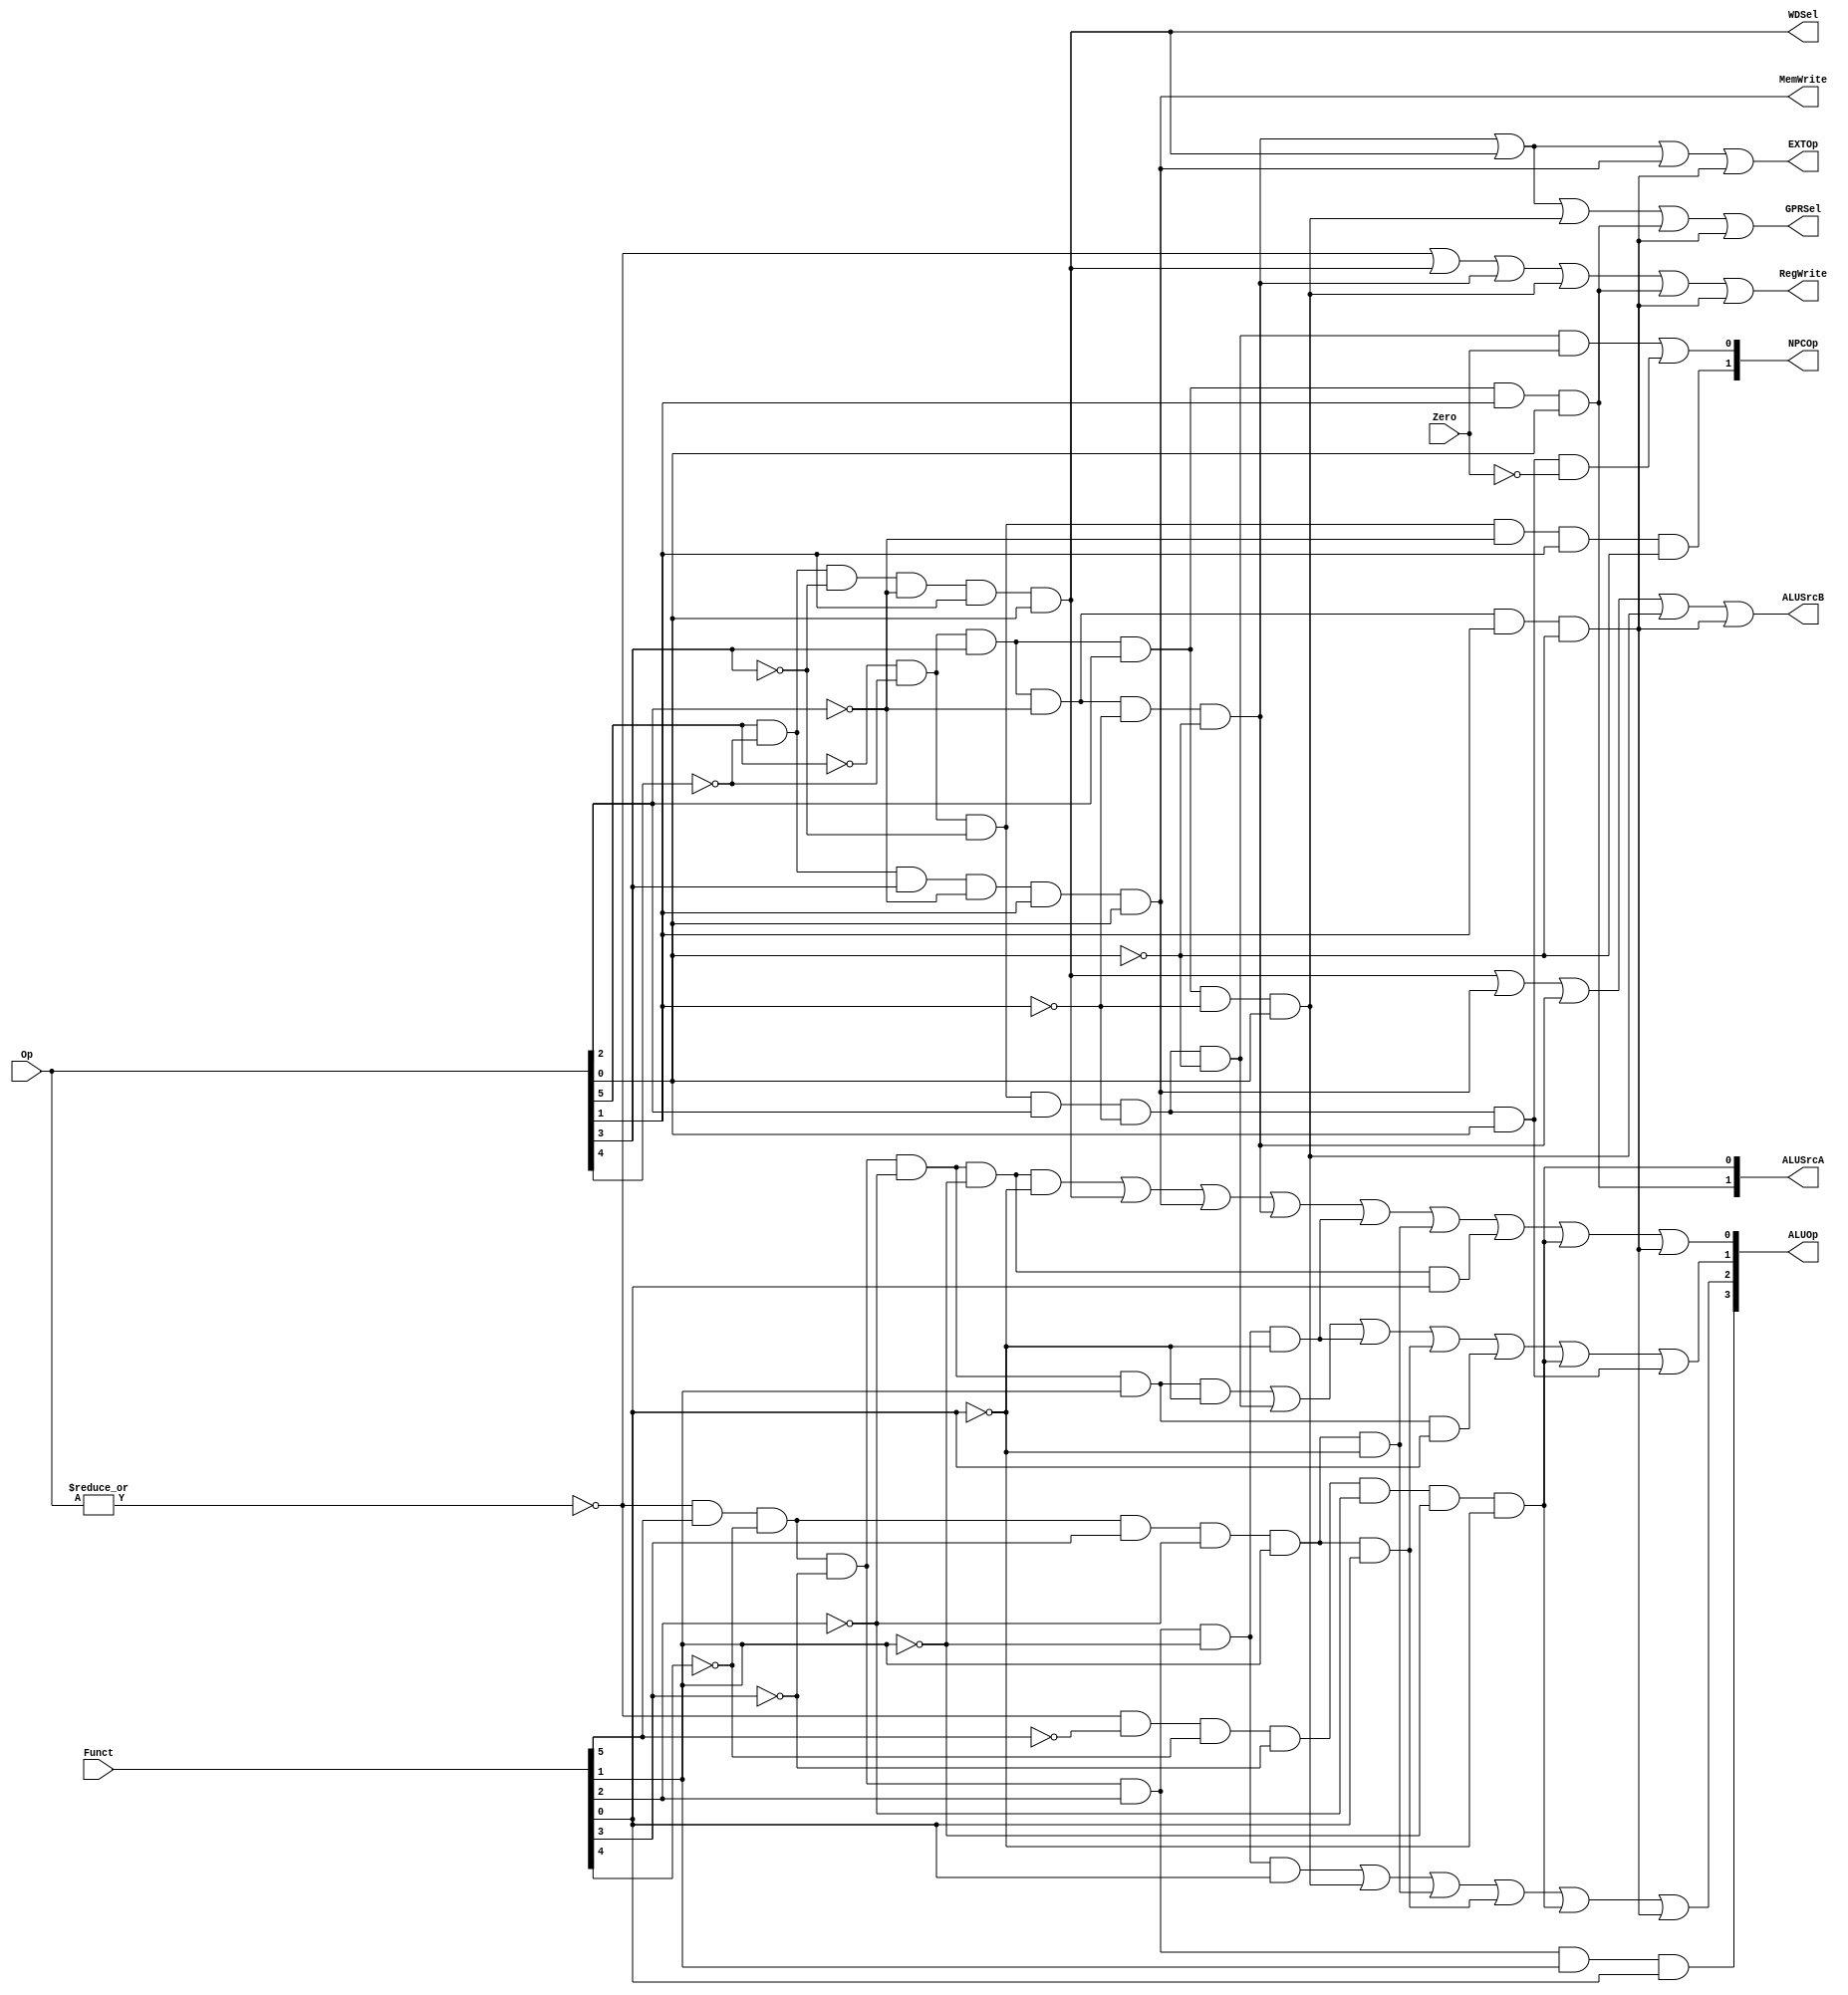
module ctrl(
input	[5:0]	Op,
input	[5:0]	Funct,
input			Zero,

output			RegWrite,
output			MemWrite,
output			EXTOp,
output	[3:0]	ALUOp,
output	[1:0]	NPCOp,
output	[1:0]	ALUSrcA,		// ALU source for A
output			ALUSrcB,		// ALU source for B
output			GPRSel,			// general purpose register selection
output			WDSel			// (register) write data selection
);
   
	// r format
	wire rtype  = ~|Op;
	wire i_add  = rtype &  Funct[5] & ~Funct[4] & ~Funct[3] & ~Funct[2] & ~Funct[1] & ~Funct[0];	// add
	wire i_sub  = rtype &  Funct[5] & ~Funct[4] & ~Funct[3] & ~Funct[2] &  Funct[1] & ~Funct[0]; 	// sub
	wire i_and  = rtype &  Funct[5] & ~Funct[4] & ~Funct[3] &  Funct[2] & ~Funct[1] & ~Funct[0]; 	// and
	wire i_or   = rtype &  Funct[5] & ~Funct[4] & ~Funct[3] &  Funct[2] & ~Funct[1] &  Funct[0]; 	// or
	wire i_slt  = rtype &  Funct[5] & ~Funct[4] &  Funct[3] & ~Funct[2] &  Funct[1] & ~Funct[0]; 	// slt
	wire i_sltu = rtype &  Funct[5] & ~Funct[4] &  Funct[3] & ~Funct[2] &  Funct[1] &  Funct[0]; 	// sltu
	wire i_addu = rtype &  Funct[5] & ~Funct[4] & ~Funct[3] & ~Funct[2] & ~Funct[1] &  Funct[0]; 	// addu
	wire i_subu = rtype &  Funct[5] & ~Funct[4] & ~Funct[3] & ~Funct[2] &  Funct[1] &  Funct[0]; 	// subu
	wire i_sll  = rtype & ~Funct[5] & ~Funct[4] & ~Funct[3] & ~Funct[2] & ~Funct[1] & ~Funct[0]; 	// sll
	wire i_nor	= rtype &  Funct[5] & ~Funct[4] & ~Funct[3] &  Funct[2] &  Funct[1] &  Funct[0]; 	// nor

	// i format
	wire i_addi = ~Op[5] & ~Op[4] &  Op[3] & ~Op[2] & ~Op[1] & ~Op[0];	// addi
	wire i_ori  = ~Op[5] & ~Op[4] &  Op[3] &  Op[2] & ~Op[1] &  Op[0];	// ori
	wire i_lw   =  Op[5] & ~Op[4] & ~Op[3] & ~Op[2] &  Op[1] &  Op[0];	// lw
	wire i_sw   =  Op[5] & ~Op[4] &  Op[3] & ~Op[2] &  Op[1] &  Op[0];	// sw
	wire i_beq  = ~Op[5] & ~Op[4] & ~Op[3] &  Op[2] & ~Op[1] & ~Op[0];	// beq
	wire i_lui	= ~Op[5] & ~Op[4] &  Op[3] &  Op[2] &  Op[1] &  Op[0];	// lui
	wire i_slti	= ~Op[5] & ~Op[4] &  Op[3] & ~Op[2] &  Op[1] & ~Op[0];	// slti
	wire i_bne	= ~Op[5] & ~Op[4] & ~Op[3] &  Op[2] & ~Op[1] &  Op[0];	// bne

	// j format
	wire i_j    = ~Op[5] & ~Op[4] & ~Op[3] & ~Op[2] &  Op[1] & ~Op[0];	// j

	// generate control signals
	assign RegWrite		= rtype | i_lw | i_addi | i_ori | i_lui | i_slti;		// register write
	assign MemWrite   	= i_sw;                           						// memory write
	
	// 32-bit RD1 from rs	2b'00
	// 32-bit shamt			2b'01
	// 32-bit luiImm32		2b'10
	assign ALUSrcA[0]	= i_sll;
	assign ALUSrcA[1]	= i_lui;
	
	// ALU B is from instruction immediate
	assign ALUSrcB    	= i_lw | i_sw | i_addi | i_ori | i_slti;
	
	// signed extension
	assign EXTOp      	= i_addi | i_lw | i_sw | i_slti;

	// GPRSel_RD   1'b0
	// GPRSel_RT   1'b1
	assign GPRSel = i_lw | i_addi | i_ori | i_lui | i_slti;

	// WDSel_FromALU aluout 	 2'b00
	// WDSel_FromMEM readdata	 2'b01
	// WDSel_FromPC 			 2'b10
	assign WDSel = i_lw;

	// NPC_PLUS4   2'b00
	// NPC_BRANCH  2'b01
	// NPC_JUMP    2'b10
	assign NPCOp[0] = (i_beq & Zero) | (i_bne & ~Zero);
	assign NPCOp[1] = i_j;
  
	/************************************
	`define ALU_NOP  	4'b0000
	`define ALU_ADD  	4'b0001
	`define ALU_SUB  	4'b0010
	`define ALU_AND  	4'b0011
	`define ALU_OR    	4'b0100
	`define ALU_SLT   	4'b0101
	`define ALU_SLTU  	4'b0110
	`define	ALU_SLL		4'b0111
	`define	ALU_NOR		4'b1000
	************************************/
	assign ALUOp[0] = i_add | i_lw  | i_sw  | i_addi | i_and  | i_slt | i_addu | i_sll | i_slti;
	assign ALUOp[1] = i_sub | i_beq | i_and | i_sltu | i_subu | i_sll | i_bne;
	assign ALUOp[2] = i_or  | i_ori | i_slt | i_sltu | i_sll  |	i_slti;
	assign ALUOp[3]	= i_nor;

endmodule